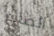
الضائع